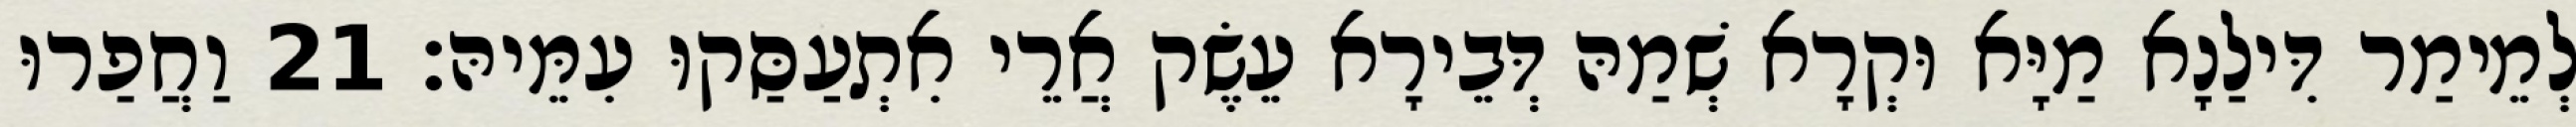
לְמֵימַר דִּילַנָא מַיָּא וּקְרָא שְׁמַהּ דְּבֵירָא עֵשֶׂק אֲרֵי אִתְעַסַּקוּ עִמֵּיהּ׃ 21 וַחֲפַרוּ